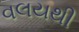
વલયથી